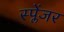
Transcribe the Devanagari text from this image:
स्प्लेंजर